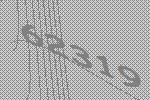
62319